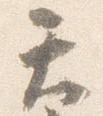
て